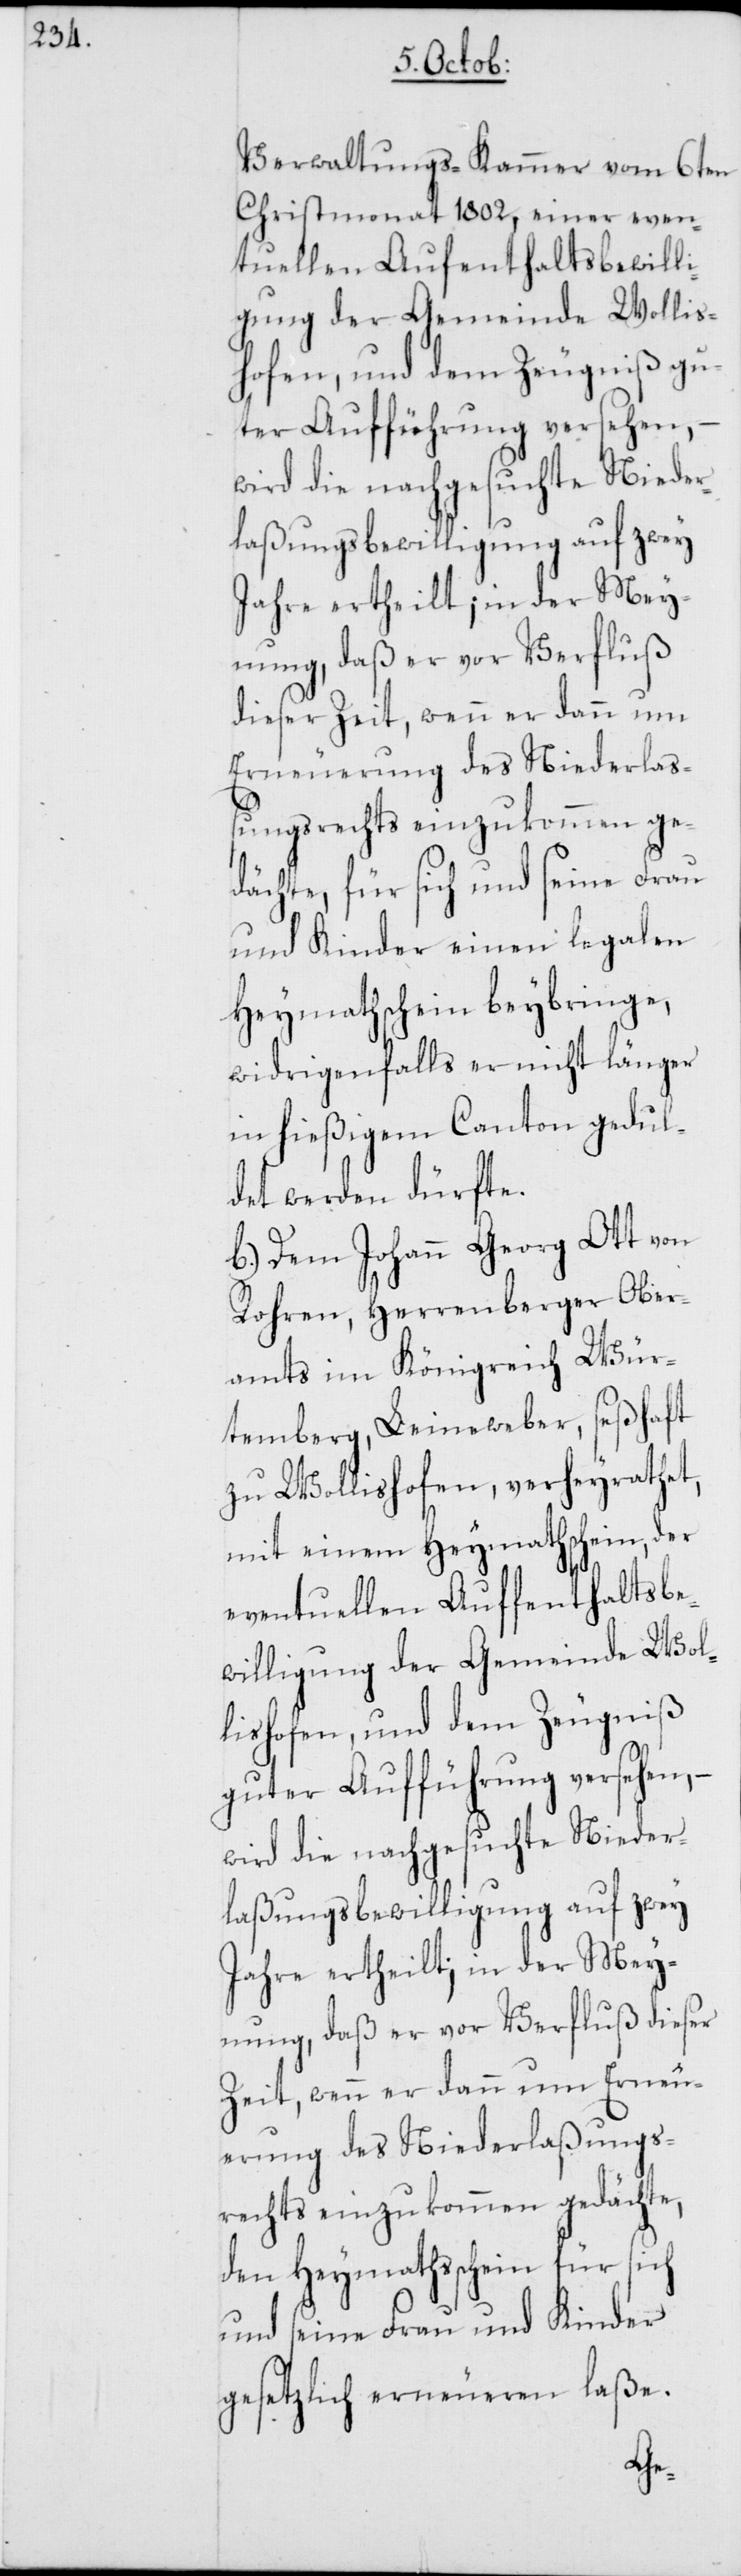
n, –

Verwaltungs-Kammer vom 6ten
Christmonat 1802, einer even¬
tuellen Aufenthaltsbewilli¬
gung der Gemeinde Wollis¬
hofen, und dem Zeugniß gu¬
ter Aufführung versehen,
wird die nachgesuchte Nieder¬
laßungsbewilligung auf zwey
Jahre ertheilt; in der Mey¬
nung, daß er vor Verfluß
dieser Zeit, wenn er dann um
Erneuerung des Niederlaß¬
ungsrechts einzukommen ge¬
dächte, für sich und seine Frau
und Kinder einen legalen
Heymathschein beybringe,
widrigenfalls er nicht länger
in hießigem Canton gedul¬
det werden dürfte.
b.) Dem Johann Georg Ott von
Rohren, Herrenberger Ober¬
amts im Königreich Wür¬
temberg, Leineweber, seßhaft
zu Wollishofen, verheyrathet,
mit einem Heymathschein, der
eventuellen Auffenthaltsbe¬
willigung der Gemeinde Wol¬
lishofen, und dem Zeugniß
guter Aufführung versehe¬
Jahre ertheilt; in der Mey¬
nung, daß er vor Verfluß dieser
Zeit, wenn er dann um Erneu¬
erung des Niederlaßungs¬
rechts einzukommen gedächte,
den Heymathsschein für sich
und seine Frau und Kinder
gesetzlich erneueren laße.